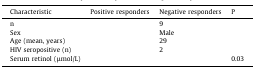
<table><thead><tr><td><b>Characteristic</b></td><td><b>Positive responders</b></td><td><b>Negative responders</b></td><td><b>P</b></td></tr></thead><tbody><tr><td>n</td><td>[EMPTY_CELL]</td><td>9</td><td>[EMPTY_CELL]</td></tr><tr><td>Sex</td><td>[EMPTY_CELL]</td><td>Male</td><td>[EMPTY_CELL]</td></tr><tr><td>Age (mean, years)</td><td>[EMPTY_CELL]</td><td>29</td><td>[EMPTY_CELL]</td></tr><tr><td>HIV seropositive (n)</td><td>[EMPTY_CELL]</td><td>2</td><td>[EMPTY_CELL]</td></tr><tr><td>Serum retinol (μmol/L)</td><td>[EMPTY_CELL]</td><td>[EMPTY_CELL]</td><td>0.03</td></tr></tbody></table>